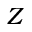
Z